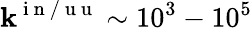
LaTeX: \mathbf{k}^{\mathrm{{~i~n~/~u~u~}}}\sim10^{3}-10^{5}